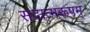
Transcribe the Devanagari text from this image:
सदात्मरूपम्